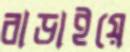
বাড়াইয়ে